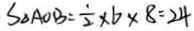
S _ { \Delta A O B } = \frac { 1 } { 2 } \times 6 \times 8 = 2 4